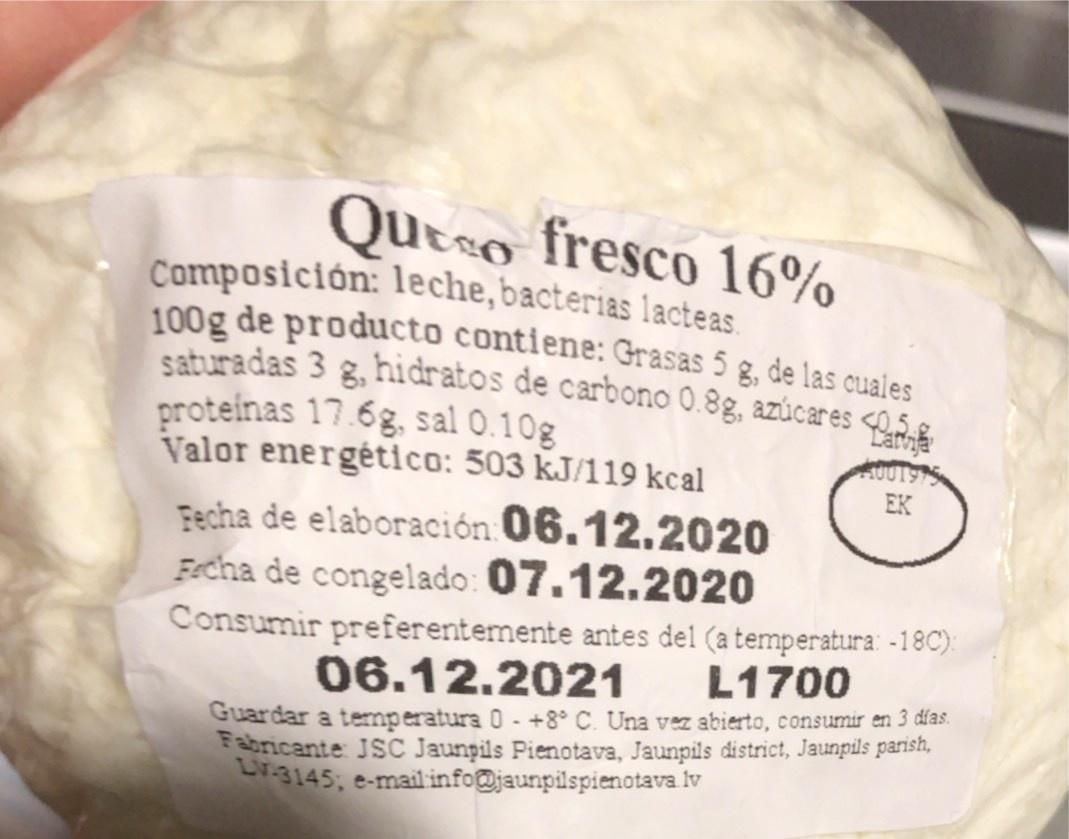
Queso fresco 16%
Composición: leche,bacterias lacteas 100g de producto contlene: Grasas 5 g, de las cuales saturadas 3 g, hidratos de carbono 0.8g, azúcares <5g proteinas 17.6g, sal 0.10g Valor energético: 503 kJ/119 kcal
8.
EK
Fecha de elaboración 06.12.2020 Fecha de congelado: 07.12.2020 Consumir preferentemente antes del (a temperatura: -18C): 06.12.2021
L1700
Guardar a temperatura 0- +8° C. Una vez abierto, consumir en 3 días. Fabricante JSC Jaunpils Pienotava, Jaunpils district, Jaunpils parish, Lr-3145; e-mail info@jaunpilspienotava lv